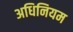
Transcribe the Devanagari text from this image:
अधिनियम